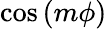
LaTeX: \cos\left(m\phi\right)